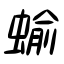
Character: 蝓